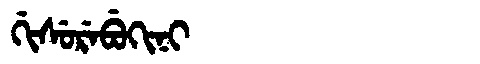
Manchu: ᡤᡳᠰᡠᡵᡝᠪᡠᡴᡳᠨᡳ
Romanization: GISUREBUKINI